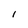
Character: 1